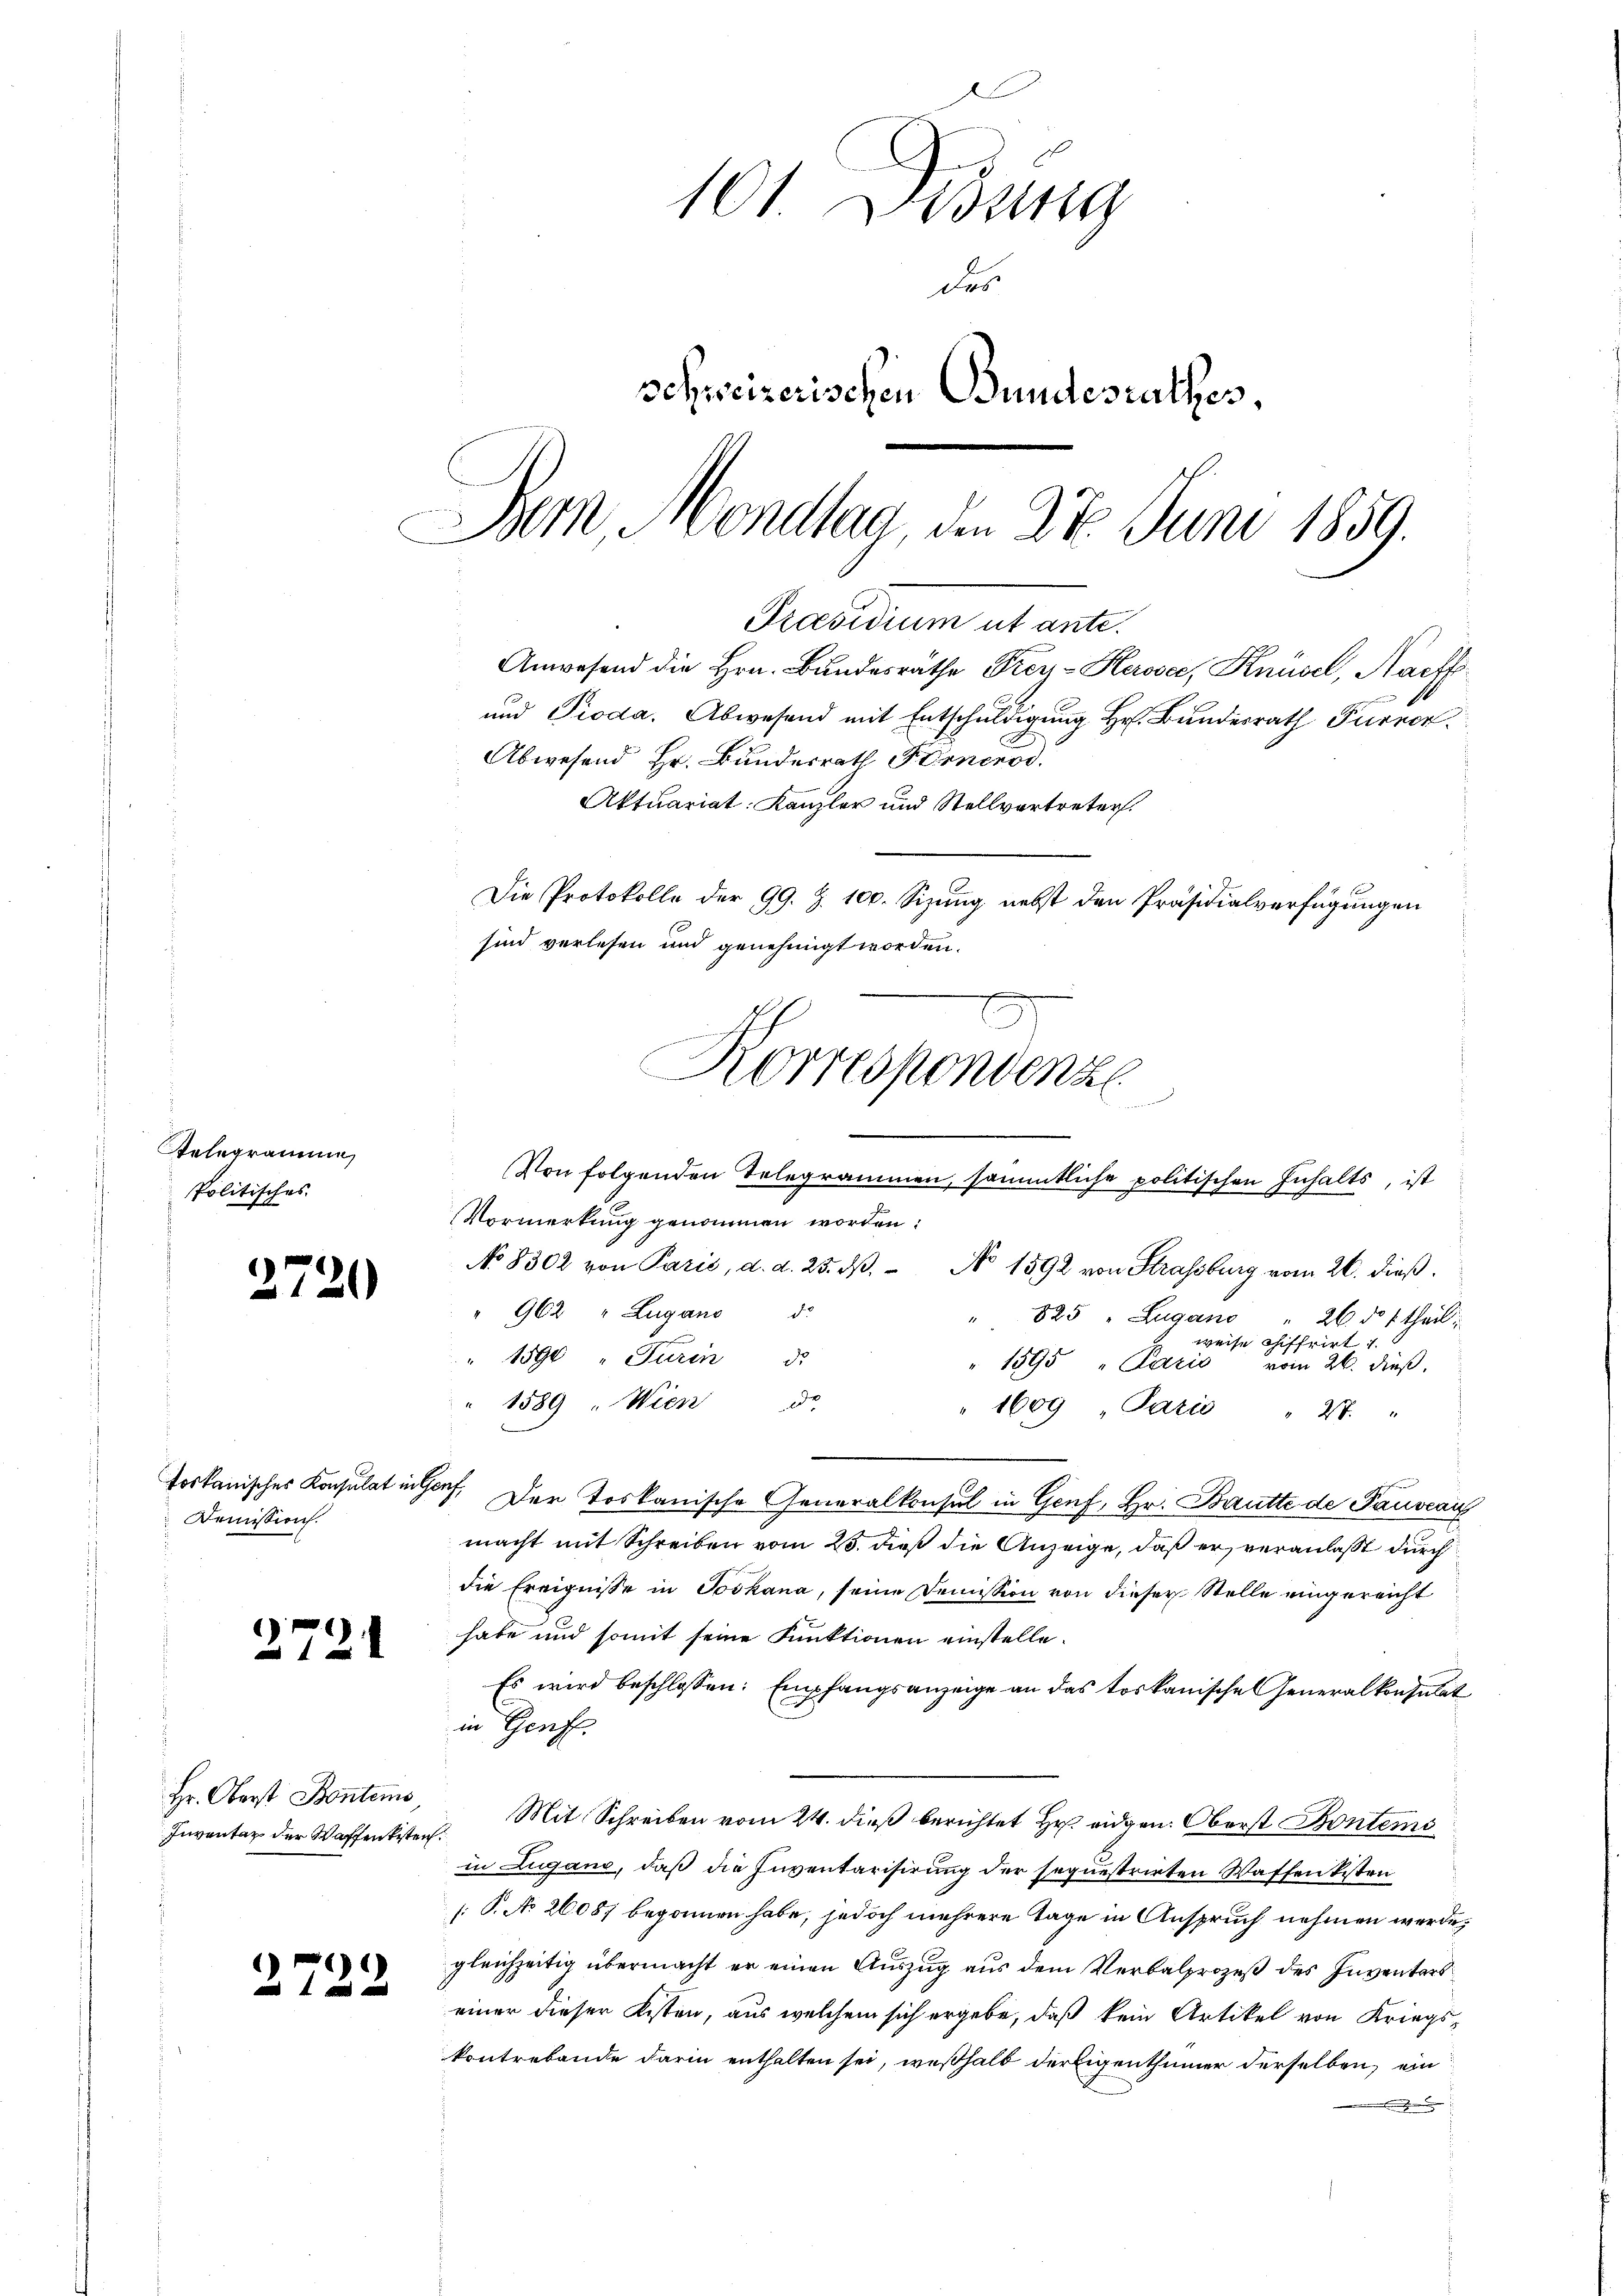
Selegramme
Politisches

2720

17

2

toskanisches Konsulat in Genf,
Demission.

2

Hr. Oberst Bontems
Inventar der Waffenkisten.

)

101. Didung
das
schweizerischen Bundesrathes,
Dem Mondtag, den 27. Juni 1859.

und Pioda. Abwesend mit Entschuldigung Hr. Bundesrath Furrer.
Abwesend Hr. Bundesrath Fernerod.
Aktuariat Kanzler und Stellvertreter.
Die Protokolle der 99. Z. 100. Sizung nebst den Präsidialverfügungen
sind verlesen und genehmigt worden.

No 8302 von Paris, d. d. 25. N. No 1592 von Strassburg vom 26. dieß.
" 962 " Lugano d.
" 825 " Zugano
26. d. 1 theil
weise chiffrirt 1
1590 " Turin d.
1595 " Pario vom 26. dieß,
1589. Wien de
1609 Paris " 27. "
Der toskanische Generalkonsul in Genf, Hr. Bautte de Pauscan
macht mit Schreiben vom 25. dieß die Anzeige, daß er veranlaßt durch
die Ereignisse in Joskana, seine Demission von dieser Stelle eingereicht
habe und somit seine Funktionen einstelle.
Es wird beschlossen: Empfangsanzeige an das toskanische Generalkonsulat
in Genf.
Mit Schreiben vom 24. dieß berichtet Hr. eidgen. Oberst Bontem
in Lugano, daß die Inventarisirung der sequestrirten Waffen kisten
/: P. No 26087 begonnen habe, jedoch mehrere Tage in Anspruch nehmen werde,
gleichzeitig übermacht er einen Auszug aus dem Verbalprozeß des Inventers
einer dieser Kisten, aus welchem sich ergebe, daß kein Artikel von Kriegs-
kontrebende darin enthalten sei, weßhalb der Eigenthümer derselben, ein
.

Präsidium ut ante.
Anwesend die Hrn. Bundesräthe Prey-Herose, Knüsel, Nachf

Korrespondenz

Von folgenden Telegrammen, sämmtliche politischen Inhalts, ist
Vormerkung genommen worden: